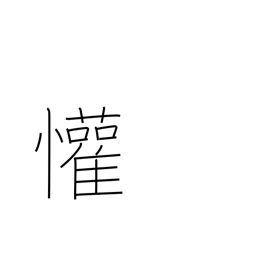
Meaning: rejoice